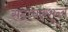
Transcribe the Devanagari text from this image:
सदाचारशून्य